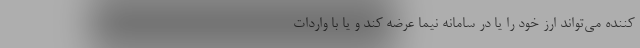
کننده می‌تواند ارز خود را یا در سامانه نیما عرضه کند و یا با واردات